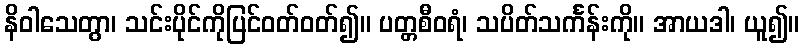
နိဝါသေတွာ၊ သင်းပိုင်ကိုပြင်ဝတ်ဝတ်၍။ ပတ္တစီဝရံ၊ သပိတ်သင်္ကန်းကို။ အာယဒါ၊ ယူ၍။